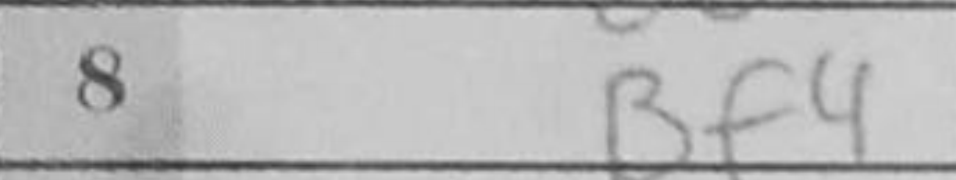
Transcription: Bf4